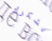
يشكرك